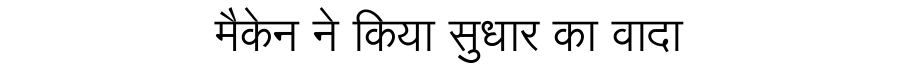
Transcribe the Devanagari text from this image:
मैकेन ने किया सुधार का वादा